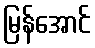
မြန်အောင်